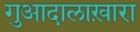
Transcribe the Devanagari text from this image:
गुआदालाख़ारा